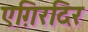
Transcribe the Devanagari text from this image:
एग़िरदिर